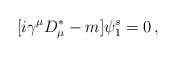
\begin{align*}[i\gamma^\mu D_\mu^\ast - m ] \psi_1^s = 0\, ,\\\end{align*}